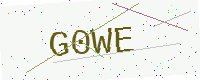
Text: G0WE